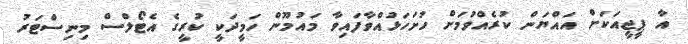
އާ ޕީޖީއަކަށް އައްޔަން ކުރެއްވުމަށް ހުށަހަޅުއްވާފައިވާ މައުމޫން ހަމީދަކީ ކުރީގެ އެޓޯލްސް މިނިސްޓަރު